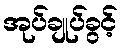
အုပ်ချုပ်ခွင့်